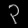
Digit: ၃